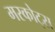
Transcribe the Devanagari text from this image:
मस्कोट्स